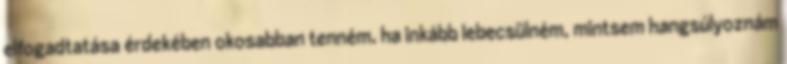
elfogadtatása érdekében okosabban tenném, ha inkább lebecsülném, mintsem hangsúlyoznám